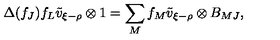
\Delta ( f _ { J } ) f _ { L } \tilde { v } _ { \xi - \rho } \otimes 1 = \sum _ { M } f _ { M } \tilde { v } _ { \xi - \rho } \otimes B _ { M J } ,